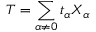
T = \sum _ { \alpha \neq 0 } t _ { \alpha } X _ { \alpha }